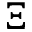
\Xi